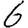
Digit: 6